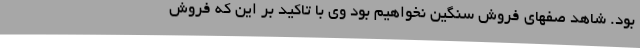
بود. شاهد صفهای فروش سنگین نخواهیم بود وی با تاکید بر این که فروش